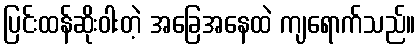
ပြင်းထန်ဆိုးဝါးတဲ့ အခြေအနေထဲ ကျရောက်သည်။